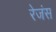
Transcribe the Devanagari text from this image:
रेजंस